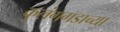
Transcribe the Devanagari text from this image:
कुलंगगडाच्या